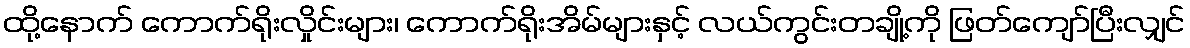
ထို့နောက် ကောက်ရိုးလှိုင်းများ၊ ကောက်ရိုးအိမ်များနှင့် လယ်ကွင်းတချို့ကို ဖြတ်ကျော်ပြီးလျှင်